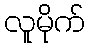
လူမိုက်